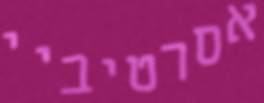
אסרטיביי